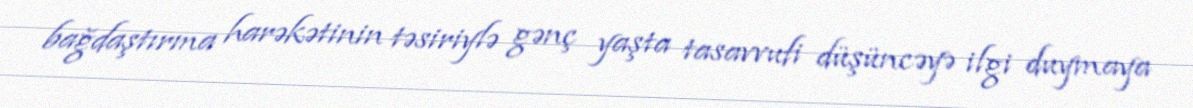
bağdaştırma harəkətinin təsiriylə gənç yaşta tasavvufi düşüncəyə ilgi duymaya